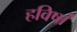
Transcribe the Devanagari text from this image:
हविषां